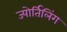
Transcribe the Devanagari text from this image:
ज्योर्तिलिंग